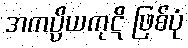
အကပ္ပိယကုဋိ ဖြစ်ပုံ